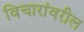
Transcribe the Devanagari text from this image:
विचारांवरील